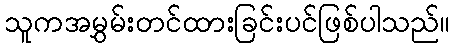
သူကအမွှမ်းတင်ထားခြင်းပင်ဖြစ်ပါသည်။